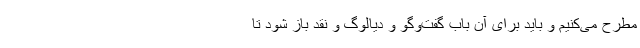
مطرح می‌کنیم و باید برای آن باب گفت‌وگو و دیالوگ و نقد باز شود تا